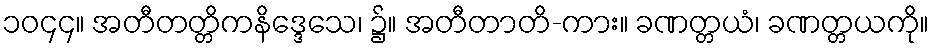
၁၀၄၄။ အတီတတ္တိကနိဒ္ဒေသေ၊ ၌။ အတီတာတိ-ကား။ ခဏတ္တယံ၊ ခဏတ္တယကို။